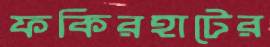
ফকিরহাটের